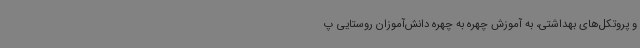
و پروتکل‌های بهداشتی، به آموزش چهره به چهره دانش‌آموزان روستایی پ